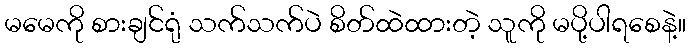
မမေကို စားချင်ရုံ သက်သက်ပဲ စိတ်ထဲထားတဲ့ သူကို မပို့ပါရစေနဲ့။